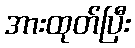
အားထုတ်ပြီး